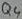
Text: Q4